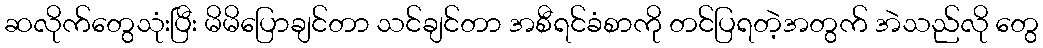
ဆလိုက်တွေသုံးပြီး မိမိပြောချင်တာ သင်ချင်တာ အစီရင်ခံစာကို တင်ပြရတဲ့အတွက် အဲသည်လို တွေ